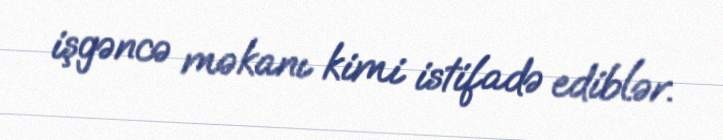
işgəncə məkanı kimi istifadə ediblər.